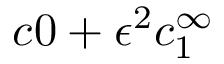
c 0 + \epsilon ^ { 2 } c _ { 1 } ^ { \infty }